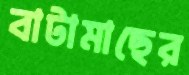
বাটামাছের